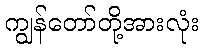
ကျွန်တော်တို့အားလုံး